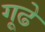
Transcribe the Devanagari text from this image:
गूढे